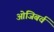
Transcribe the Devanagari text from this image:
ओजिबर्व